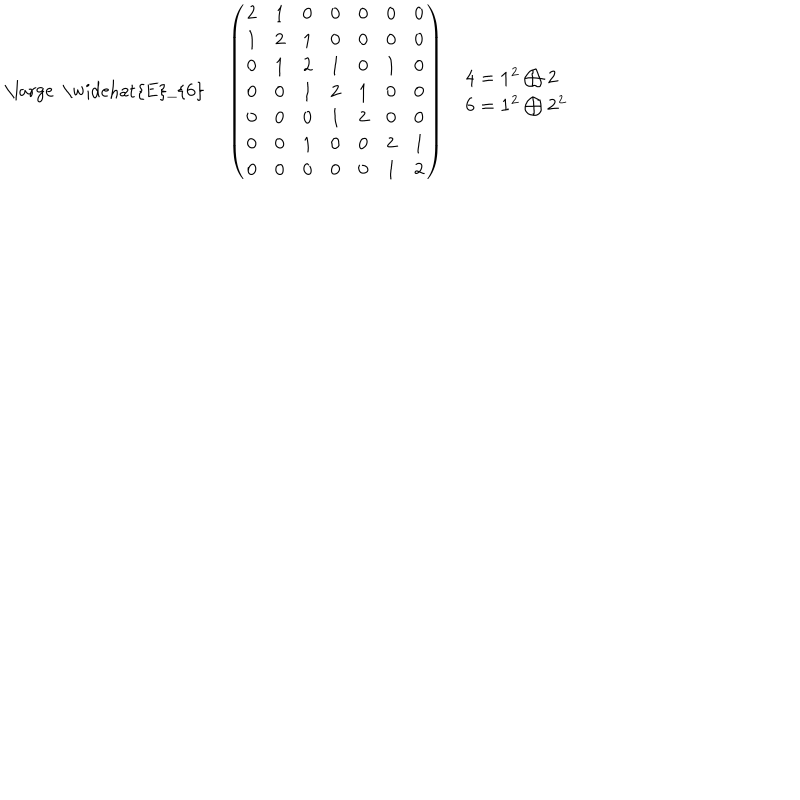
LaTeX: \begin{array} { c c c } { { { \mathrm { \large ~ \widehat { E } _ { 6 } ~ } } } } & { { \left( \begin{array} { c c c c c c c } { { 2 } } & { { 1 } } & { { 0 } } & { { 0 } } & { { 0 } } & { { 0 } } & { { 0 } } \\ { { 1 } } & { { 2 } } & { { 1 } } & { { 0 } } & { { 0 } } & { { 0 } } & { { 0 } } \\ { { 0 } } & { { 1 } } & { { 2 } } & { { 1 } } & { { 0 } } & { { 1 } } & { { 0 } } \\ { { 0 } } & { { 0 } } & { { 1 } } & { { 2 } } & { { 1 } } & { { 0 } } & { { 0 } } \\ { { 0 } } & { { 0 } } & { { 0 } } & { { 1 } } & { { 2 } } & { { 0 } } & { { 0 } } \\ { { 0 } } & { { 0 } } & { { 1 } } & { { 0 } } & { { 0 } } & { { 2 } } & { { 1 } } \\ { { 0 } } & { { 0 } } & { { 0 } } & { { 0 } } & { { 0 } } & { { 1 } } & { { 2 } } \\ \end{array} \right) } } & { { \begin{array} { l } { { { \bf 4 } = { \bf 1 ^ { 2 } } \bigoplus { \bf 2 } } } \\ { { { \bf 6 } = { \bf 1 ^ { 2 } } \bigoplus { \bf 2 ^ { 2 } } } } \\ \end{array} } } \\ \end{array}